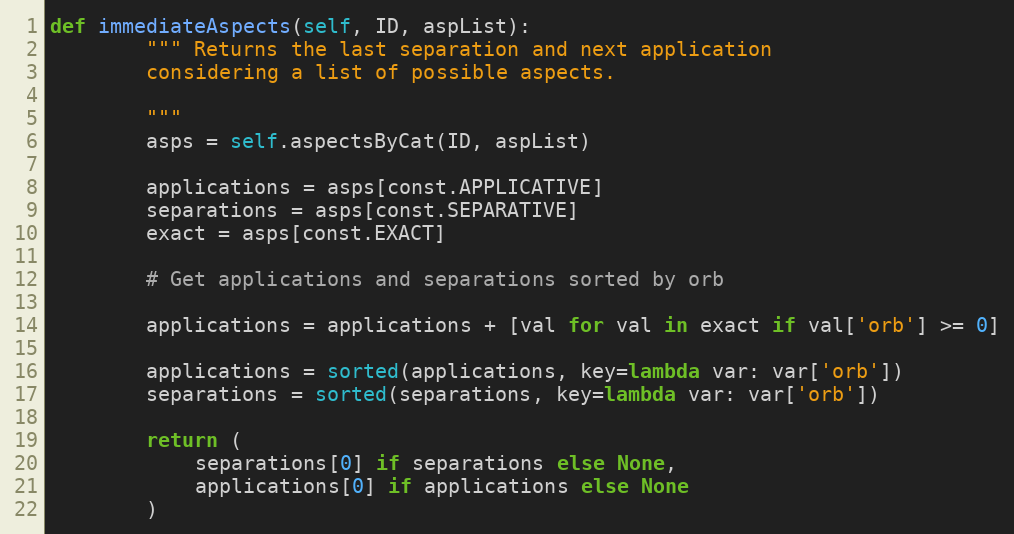
Language: Python
def immediateAspects(self, ID, aspList):
        """ Returns the last separation and next application
        considering a list of possible aspects.

        """
        asps = self.aspectsByCat(ID, aspList)

        applications = asps[const.APPLICATIVE]
        separations = asps[const.SEPARATIVE]
        exact = asps[const.EXACT]

        # Get applications and separations sorted by orb

        applications = applications + [val for val in exact if val['orb'] >= 0]

        applications = sorted(applications, key=lambda var: var['orb'])
        separations = sorted(separations, key=lambda var: var['orb'])

        return (
            separations[0] if separations else None,
            applications[0] if applications else None
        )